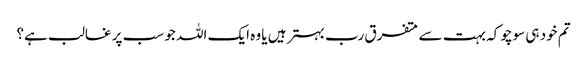
تم خود ہی سوچو کہ بہت سے متفرق رب بہتر ہیں یا وہ ایک اللہ جو سب پر غالب ہے؟